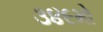
૩૪૯મો